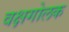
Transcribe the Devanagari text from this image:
वक्षगोलक